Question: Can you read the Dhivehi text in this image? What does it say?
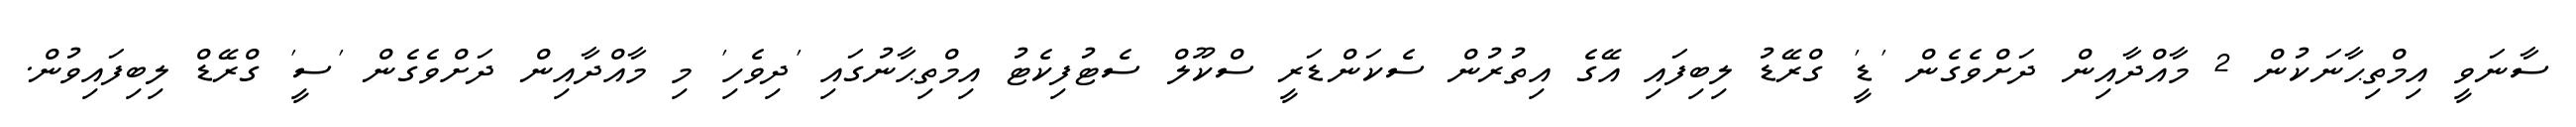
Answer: ސާނަވީ އިމްތިޙާނަކުން 2 މާއްދާއިން ދަށްވެގެން 'ޑީ' ގްރޭޑު ލިބިފައި އޭގެ އިތުރުން ސެކަންޑަރީ ސްކޫލް ސެޓުފިކެޓު އިމްތިޙާނުގައި 'ދިވެހި' މި މާއްދާއިން ދަށްވެގެން 'ސީ' ގްރޭޑް ލިބިފައިވުން.